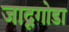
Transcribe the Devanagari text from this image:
जादूगोडा